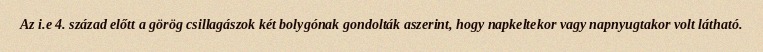
Az i.e 4. század előtt a görög csillagászok két bolygónak gondolták aszerint, hogy napkeltekor vagy napnyugtakor volt látható.